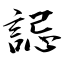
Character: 誋